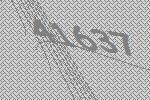
41637